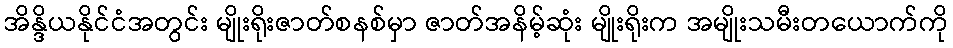
အိန္ဒိယနိုင်ငံအတွင်း မျိုးရိုးဇာတ်စနစ်မှာ ဇာတ်အနိမ့်ဆုံး မျိုးရိုးက အမျိုးသမီးတယောက်ကို